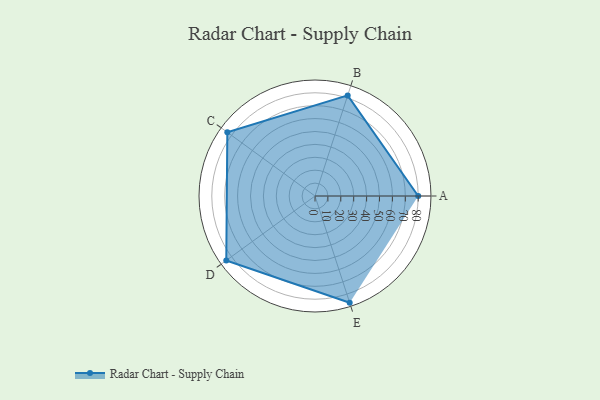
{"axis": {"x": "Skill", "y": "Score"}, "legend": ["Profile"], "data": [{"x": "A", "y": 80.0, "type": "Profile"}, {"x": "B", "y": 82.0, "type": "Profile"}, {"x": "C", "y": 84.0, "type": "Profile"}, {"x": "D", "y": 85.0, "type": "Profile"}, {"x": "E", "y": 87.0, "type": "Profile"}]}